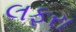
લફરા